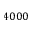
4 0 0 0